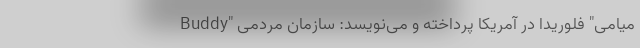
میامی" فلوریدا در آمریکا پرداخته و می‌نویسد: سازمان مردمی "Buddy